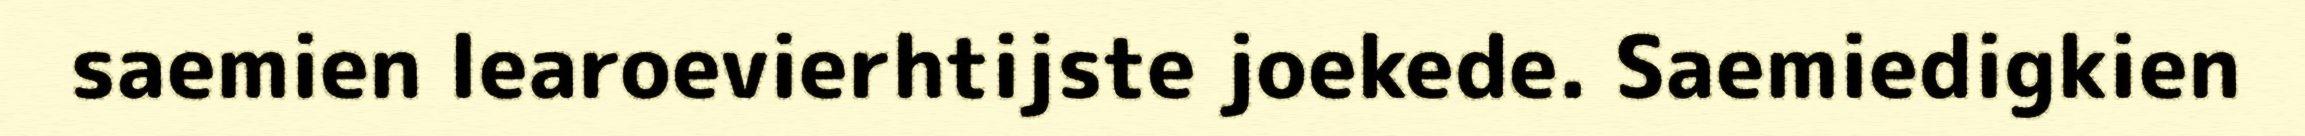
saemien learoevierhtijste joekede. Saemiedigkien